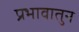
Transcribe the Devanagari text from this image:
प्रभावातुन